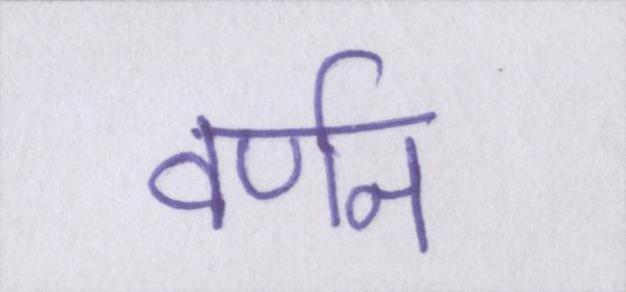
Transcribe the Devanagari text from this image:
वर्णन